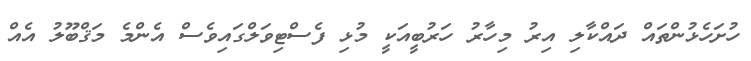
ހުށަހެޅުންތައް ދައްކާލި އިރު މިހާރު ހަރުބީއަކީ މުޅި ފެސްޓިވަލްގައިވެސް އެންމެ މަޤްބޫލު އެއް